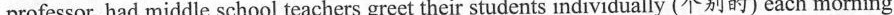
professor, had middle school teachers greet their students individually (个别的) each morning.